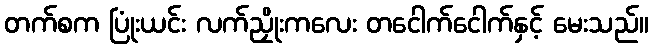
တက်စက ပြုံးယင်း လက်ညှိုးကလေး တငေါက်ငေါက်နှင့် မေးသည်။